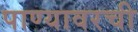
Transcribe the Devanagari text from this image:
पाण्यावरची